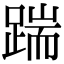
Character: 踹